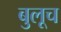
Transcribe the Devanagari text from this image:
बुलूच